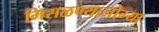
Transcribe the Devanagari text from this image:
मिसळण्याजोग्या